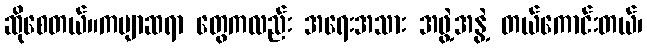
ဆိုစေတယ်။ကဗျာဆရာ တွေကလည်း အရေးအသား အဖွဲ့အနွဲ့ တယ်ကောင်းတယ်၊